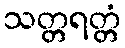
သတ္တရတ္တံ